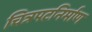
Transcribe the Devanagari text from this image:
चित्रपटनिर्माण